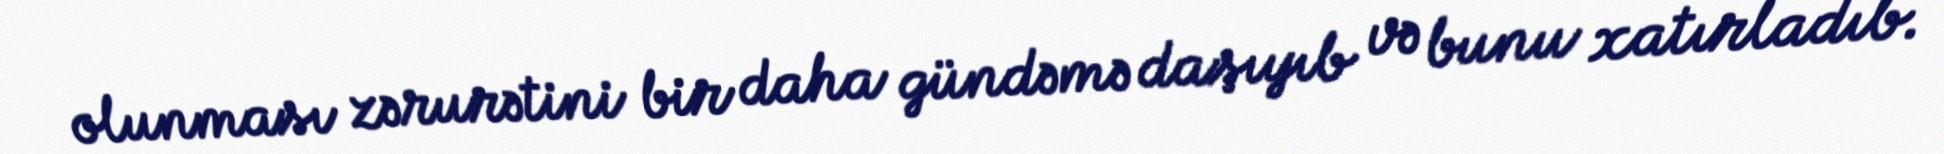
olunması zərurətini bir daha gündəmə daşıyıb və bunu xatırladıb.